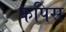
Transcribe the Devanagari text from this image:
कपिस